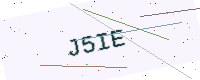
Text: J5IE